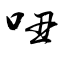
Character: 吜